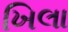
ખિલા